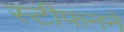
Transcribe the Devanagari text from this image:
स्टीफनने